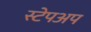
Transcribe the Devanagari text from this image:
स्टेपअप